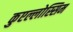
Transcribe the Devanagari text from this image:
कुएल्लोस्सिम